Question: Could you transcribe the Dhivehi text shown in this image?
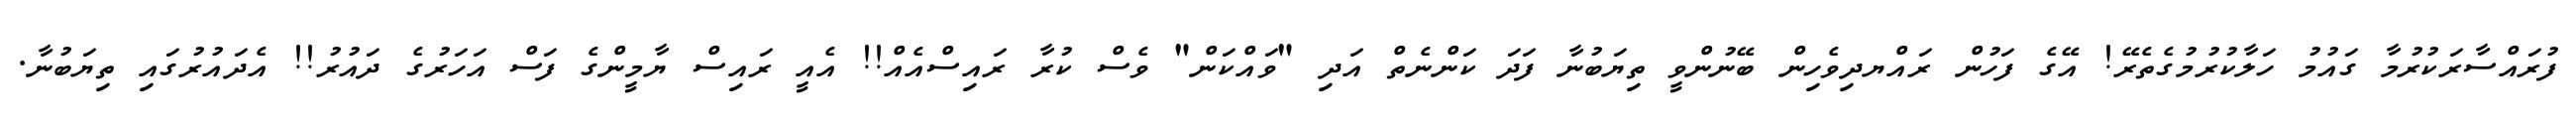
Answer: ފުރައްސާރަކުރުމާ ގައުމު ހަލާކުރުމުގެތެރޭ! އޭގެ ފަހުން ރައްޔދިވެހިން ބޭނުންވީ ތިޔަބުނާ ފަދަ ކަންނެތް އަދި "ވައްކަން" ވެސް ކުރާ ރައިސްއެއް!! އެއީ ރައިސް ޔާމީންގެ ފަސް އަހަރުގެ ދައުރު!! އެދައުރުގައި ތިޔަބުނާ.